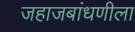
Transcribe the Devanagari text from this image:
जहाजबांधणीला